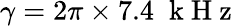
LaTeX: \gamma=2\pi\times 7.4\; \mathrm{~k~H~z~}